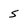
Character: s